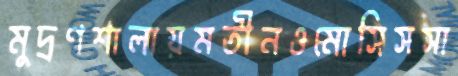
মুদ্রণশালায়মতীনওমোসিসসা